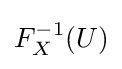
F_{X}^{-1}(U)